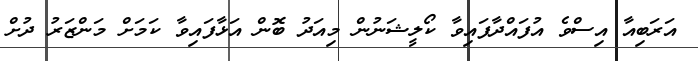
އަރަބިއާ އިސްވެ އުފައްދާފައިވާ ކޯލީޝަނުން މިއަދު ބޮން އަޅާފައިވާ ކަމަަށް މަންޒަރު ދުށް